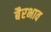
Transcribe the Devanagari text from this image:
बैरभाव